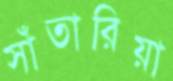
সাঁতারিয়া